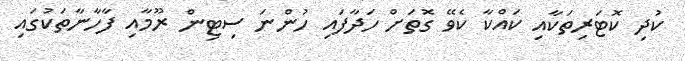
ކުދި ކޮޓަރިތަކާއި ކައްކާ ކެވޭ ގޮތަށް ހަދާފައި ހުންނަ ސިޓިން ރޫމާއި ފާހާނާތަކުގައި